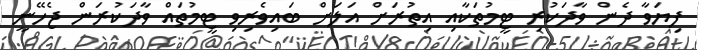
ފިޔަވާ ދެން ވާދަކުރި ޓީމުތަކާއި އިތުރަށް އަލަށް ބައިވެރިވި ޓީމުތައް ވާދަކުރަން ޖެހޭނީ